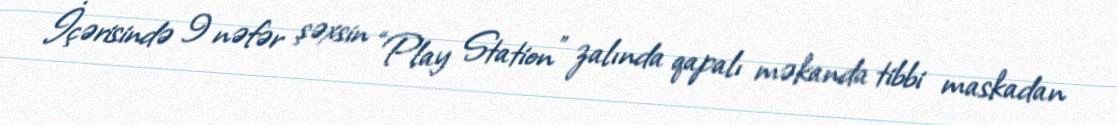
İçərisində 9 nəfər şəxsin “Play Station” zalında qapalı məkanda tibbi maskadan